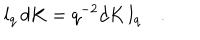
l _ { q } \, d K = q ^ { - 2 } d K \, l _ { q } \quad .